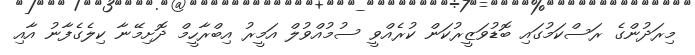
މިރަދުންގެ ރަސްކަމުގައި ބޮޑުވަޒީރުކަން ކުރެއްވީ ސުމުއްވުލް އަމީރު އިބްރާހީމް ދޮށިމޭނާ ކިލެގެފާނު އާއި